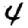
Digit: 4